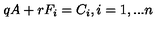
q A + r F _ { i } = C _ { i } , i = 1 , . . . n